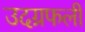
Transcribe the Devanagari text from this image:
उदग्रफली